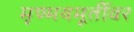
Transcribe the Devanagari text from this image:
मृण्मयमूर्तीवर